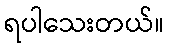
ရပါသေးတယ်။